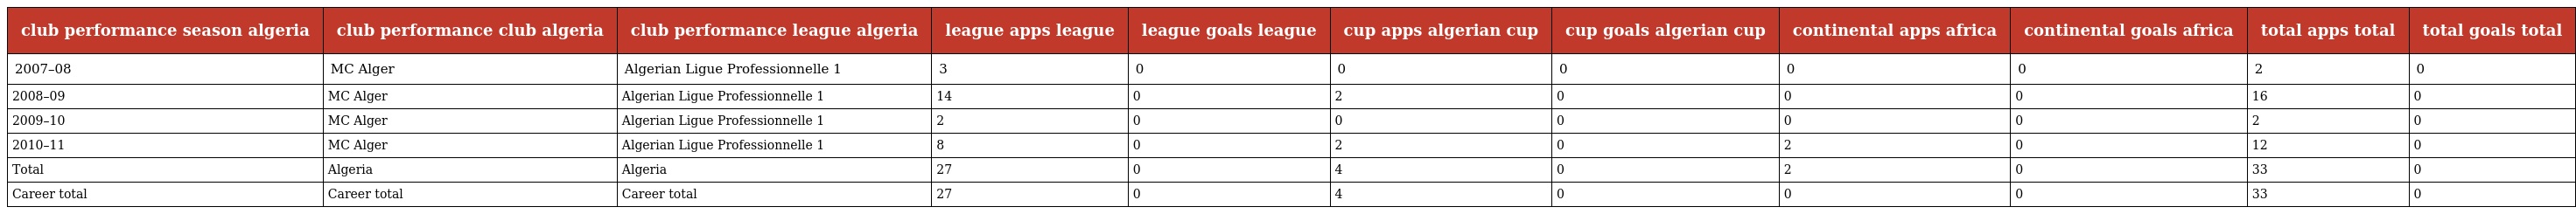
| club performance season algeria | club performance club algeria | club performance league algeria | league apps league | league goals league | cup apps algerian cup | cup goals algerian cup | continental apps africa | continental goals africa | total apps total | total goals total |
 | --- | --- | --- | --- | --- | --- | --- | --- | --- | --- | --- |
 | 2007–08 | MC Alger | Algerian Ligue Professionnelle 1 | 3 | 0 | 0 | 0 | 0 | 0 | 2 | 0 |
 | 2008–09 | MC Alger | Algerian Ligue Professionnelle 1 | 14 | 0 | 2 | 0 | 0 | 0 | 16 | 0 |
 | 2009–10 | MC Alger | Algerian Ligue Professionnelle 1 | 2 | 0 | 0 | 0 | 0 | 0 | 2 | 0 |
 | 2010–11 | MC Alger | Algerian Ligue Professionnelle 1 | 8 | 0 | 2 | 0 | 2 | 0 | 12 | 0 |
 | Total | Algeria | Algeria | 27 | 0 | 4 | 0 | 2 | 0 | 33 | 0 |
 | Career total | Career total | Career total | 27 | 0 | 4 | 0 | 0 | 0 | 33 | 0 |